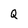
Character: Q